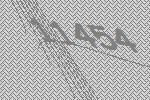
11454